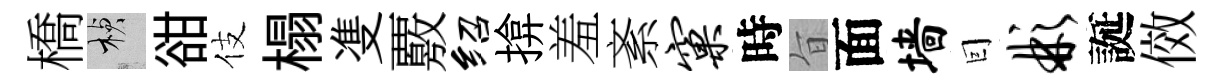
橋楨𧮳伎榻㕠覈绍揜羞紊窠時旨面墙囙彬誕傚